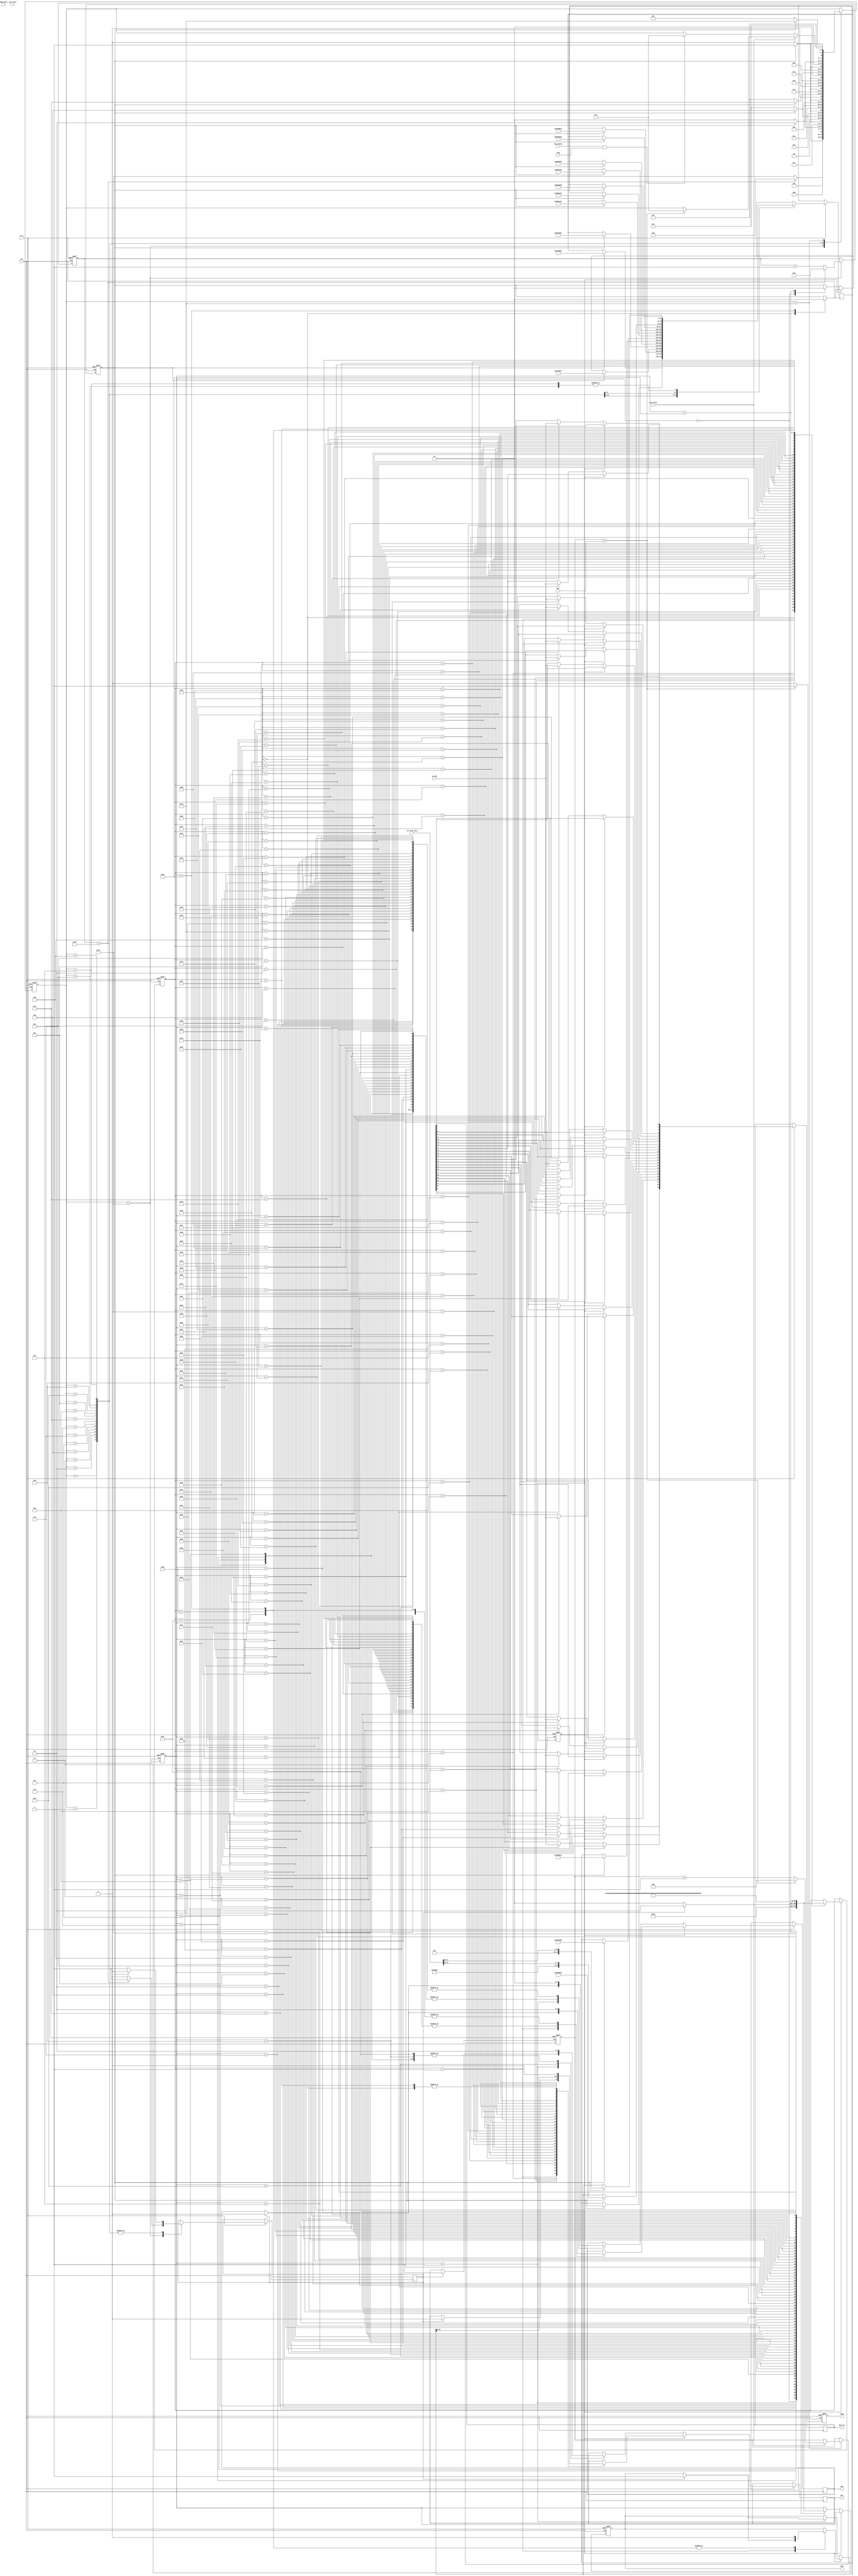
module HMC830(clk,rst_n,LD_SDO,
SDI,SCK,SEN,data_in,hang_pose,
key_value,key_pluse,key_pluse1,
CNT,flag,flag1,int_frac_data
);
input clk ,rst_n;
input LD_SDO;

input[3:0] key_value;
input [3:0] hang_pose;
input [20:0] CNT;
input key_pluse;
input key_pluse1;
input [31:0] int_frac_data;
input flag;
output flag1;
//input [6:0] addr;
output [23:0] data_in;
output SDI,SCK,SEN;
reg SDI,SEN;

reg flag1;
always@(posedge clk or negedge rst_n)
begin 
	if(!rst_n)
		flag1 <= 1'b0;
	else if(cnt==CNT)
		flag1 <= 1'b1;
	else 
		flag1 <= 1'b0;
end 

	


// ***************状态机写寄存器********************		 
parameter a0=0,a1=1,a2=2,a3=3,a4=4,a5=5,a6=6,a7=7,a8=8,a9=9,	
			  a10=10,a11=11,a12=12,a13=13,a14=14,a15=15,a16=16,
			  a17=17,a18=18,a19=19,a20=20,a21=21,a22=22,a23=23;
reg [4:0] nstate/*synthesis noprune*/;

reg wr;//读写是能
reg write_ok;
reg [7:0] cnt_r;

reg [20:0] cnt;
reg [31:0] reg_data;
reg SEN_R;
always@(posedge clk or negedge rst_n)
if(!rst_n)
	begin 
		wr <= 1'b1; 
		nstate <= a21;
		cnt_r <= 1'b0;
		cnt <= 21'd0;
		//SEN_R <= 1'b1;
	end 
else 
	begin 	
			case(nstate)	
				a21:
					if(cnt_r==8'hFF)
						begin 
							cnt_r <= 1'b0;
							nstate <= a0;
							SEN_R <= 1'b1;
						end 	
					else 
						begin 
							cnt_r <= cnt_r + 1'b1;
							SEN_R <= 1'b0;
							nstate <= a21;
						end 

				a0:
					begin 
						if(write_ok)
							begin 
							SEN_R <= 1'b0;
							reg_data <= 32'h02000001;//Reg 02h R=1;
							nstate <= a1;
							end 
						else 
							begin 
								SEN_R <= 1'b1;
								nstate <= a0;
							end 
					end 
				a1:
					begin 
						if(write_ok)
							begin 
								SEN_R <= 1'b0;
								reg_data <= 32'h06200B4A;//默认值初始化数值
								nstate <= a2;
							end 
						else
							begin
								SEN_R <= 1'b1;
								nstate <= a1;
							end 
					end 
				a2:
					begin 
						if(write_ok)
							begin 
								SEN_R <= 1'b0;
								reg_data <= 32'h070008CD;
								nstate <= a3;
							end 
						else
							begin
								SEN_R <= 1'b1;
								nstate <= a2;
							end 
					end 
				a3:
					begin 
						if(write_ok)
							begin 
								SEN_R <= 1'b0;
								reg_data <= 32'h08C1BEFF;// 写入初始化数值
								nstate <= a4;
							end 
						else
							begin
								SEN_R	<= 1'b1;
								nstate <= a3;
							end 
					end 
				a4:
					begin 
						if(write_ok)
							begin 
								SEN_R <= 1'b0;
								reg_data <= 32'h09403264;//初始化数值
								nstate <= a5;
							end 
						else
							begin
								SEN_R <= 1'b1;
								nstate <= a4;
							end 
					end 
				a5:
					begin 
						if(write_ok)
							begin 
								SEN_R <= 1'b0;
								reg_data <= 32'h0A002046;
								nstate <= a6;
							end 
						else
							begin
								SEN_R <= 1'b1;
								nstate <= a5;
							end 
					end 

				a6:
					begin 
						if(write_ok)
							begin 
								SEN_R <= 1'b0;
								reg_data <= 32'h0F0000C1;//reg_data <= 32'h0F0000A1;
								nstate <= a7;
							end 
						else
							begin
								SEN_R <= 1'b1;
								nstate <= a6;
							end 
					end 
				a7:
					begin 
						if(write_ok)
							begin 
								SEN_R <= 1'b0;
								reg_data <= 32'h05000F88;//vco_reg01
								nstate <= a8;
							end 
						else
							begin
								SEN_R <= 1'b1;
								nstate <= a7;
							end 
					end 
				a8:
					begin 
						if(write_ok)
							begin 
								SEN_R <= 1'b0;
								reg_data <= {8'h05,9'h0,2'h3,6'h1C/*K=40*/,7'h10}; //vco_reg02  reg_data <= {8'h5,11'h3,6'h1/*K*/,7'h10};
								nstate <= a9;
							end 
						else
							begin
								SEN_R <= 1'b1;
								nstate <= a8;
							end 
					end 
				a9:
					begin 
						if(write_ok)
							begin 
								SEN_R <= 1'b0;
								reg_data <= 32'h05002A18;//vco_reg03 reg_data <= 32'h05002A98;
								nstate <= a10;
							end 
						else
							begin
								SEN_R <= 1'b1;
								nstate <= a9;
							end 
					end 
				a10:
					begin 
						if(write_ok)
							begin 
								SEN_R <= 1'b0;
								reg_data <= 32'h05001628;//vco_reg05
								nstate <= a11;
							end 
						else
							begin
								SEN_R <= 1'b1;
								nstate <= a10;
							end 
					end 
				a11:
					begin 
						if(write_ok)
							begin 
								SEN_R <= 1'b0;
								reg_data <= 32'h050060A0;//vco_reg04
								nstate <= a12;
							end 
						else
							begin
								SEN_R <= 1'b1;
								nstate <= a11;
							end 
					end 
				a12:
					begin 
						if(write_ok)
							begin 
								SEN_R <= 1'b0;
								reg_data <= 32'h05000000;//开启自动校正功能，更改频率只需改变reg03 ，REG04；
								nstate <= a13;
							end 
						else
							begin
								SEN_R <= 1'b1;
								nstate <= a12;
							end 
					end 
				a13:
					begin 
						if(write_ok)
							begin 
								SEN_R <= 1'b0;
								reg_data <= {8'h03,16'h0,int_frac_data[31:24]};//int 整数部分int=25
								nstate <= a14;
							end 
								else
									begin
										SEN_R <= 1'b1; 
										nstate <= a13;
									end 
					end 
				a14:
					begin 
						if(write_ok)
							begin 
								SEN_R <= 1'b0;
								reg_data <= {8'h04,int_frac_data[23:0]};//小数部分
								nstate <= a15;
							end 
						else
							begin
								SEN_R <= 1'b1;
								nstate <= a14;
							end 
					end 
				a15:
					begin 
						if(write_ok)
							begin 
								SEN_R <= 1'b0;
								reg_data <= 32'h05000000;
								//wr <= 1'b0;//读使能
								nstate <= a16;
							end 
						else
							begin
								SEN_R <= 1'b1;
								nstate <= a15;
							end 
					end 
				a16:
					begin 
						if(key_pluse)
							begin 
								if(cnt==CNT)
									begin 
										cnt <= 1'b0;
										nstate <= a13;
									end 
								else 
									cnt <= cnt + 1'b1;
							end 
						else if(key_pluse1 && flag)
							nstate <= a13;
							
					end 
					
			
//				a17:
//					begin 
//						if(write_ok)
//							begin 
//								SEN_R <= 1'b0;
//								reg_data <= {8'h03,18'h0,int_frac_data[29:24]};//int 整数部分int=25
//								nstate <= a18;
//							end 
//						else
//							begin
//								SEN_R <= 1'b1; 
//								nstate <= a17;
//							end 
//					end 
//				a18:
//					begin 
//						if(write_ok)
//							begin 
//								SEN_R <= 1'b0;
//								reg_data <= {8'h04,int_frac_data[23:0]};//小数部分
//								nstate <= a19;
//							end 
//						else
//							begin
//								SEN_R <= 1'b1;
//								nstate <= a18;
//							end 
//					end 
//				a19:
//					begin 
//						if(write_ok)
//							begin 
//								SEN_R <= 1'b0;
//								reg_data <= 32'h05000000;
//								//wr <= 1'b0;//读使能
//								nstate <= a16;
//							end 
//						else
//							begin
//								SEN_R <= 1'b1;
//								nstate <= a19;
//							end 
//					
//					end 
				default:;
			endcase
	end 
//******************结束******************	


// *********写数据的状态机**************
reg [6:0] next_state;
parameter s0=0,s1=1,s2=2,s3=3,s4=4,s5=5,s6=6,
			 s7=7,s8=8,s9=9,s10=10,s11=11,s12=12,s13=13,
			 s14=14,s15=15,s16=16,s17=17,s18=18,s19=19,s20=20,
			 s21=21,s22=22,s23=23,s24=24,s25=25,s26=26,
			 s27=27,s28=28,s29=29,s30=30,s31=31,s32=32,s33=33,
			 s34=34,s35=35,s36=36,s37=37,s38=38,s39=39,s40=40,
			 s41=41,s42=42,s43=43,s44=44,s45=45,s46=46,s47=47,s48=48,s49=49,s50=50,
			 s51=51,s52=52,s53=53,s54=54,s55=55,s56=56,s57=57,s58=58,s59=59,s60=60,
			 s61=61,s62=62,s63=63,s64=64,s65=65,s66=66,s67=67,s68=68,s69=69,s70=70;

			 
//***********读数据状态机***********
reg [6:0] next_st;
parameter r0=0,r1=1,r2=2,r3=3,r4=4,r5=5,r6=6,r7=7,r8=8,r9=9,
			 r10=10,r11=11,r12=12,r13=13,r14=14,r15=15,
			 r16=16,r17=17,r18=18,r19=19,r20=20,r21=21,r22=22,
			 r23=23,r24=24,r25=25,r26=26,r27=27,r28=28,r29=29,
			 r30=30,r31=31,r32=32,r33=33,r34=34,r35=35,r36=36,r37=37,r38=38,r39=39,
			 r40=40,r41=41,r42=42,r43=43,r44=44,r45=45,r46=46,r47=47,r48=48,r49=49,
			 r50=50,r51=51,r52=52,r53=53,r54=54,r55=55,r56=56,r57=57,r58=58,r59=59,
			 r60=60,r61=61,r62=62,r63=63,r64=64,r65=65,r66=66,r67=67,r68=68,r69=69;
//*******************************************

reg [23:0] data_in_r; 
reg SCK;
always@(posedge clk or negedge rst_n)
if(!rst_n)
	begin 
		next_state <= s0;
		next_st <= r0;
		write_ok <= 1'b0;
		SEN <= 1'b0;
	end 
			
else if(wr==1'b1)//写寄存器
	begin 
		 case(next_state)
				s0:  
						begin
							//SCK <= 1'b0;
							write_ok <= 1'b0;
							next_state <= s1;
							SDI <= 1'b0;
						end
				s1: 
					if(SEN_R)
						begin
						 SCK <= 1'b0;
						 next_state <= s2;
						 SDI <= 1'b0;
						 SEN <= 1'b1;
						end
					else 
						next_state <= s1;
				
				s2:
					begin 
						SCK <= 1'b1;
						next_state <= s3;
					end 
				s3: 
					
						begin
						 SCK <= 1'b0;
						 next_state <= s4;
						 SDI <= reg_data[29];
						end
				s4:
					begin 
						SCK <= 1'b1;
						next_state <= s5;
					end
				s5: 
						begin
						 SCK <= 1'b0;
						 next_state <= s6;
						 SDI <= reg_data[28];
						end
				
				s6:
					begin 
						SCK <= 1'b1;
						next_state <= s7;
					end 
				s7: 
						begin
						 SCK <= 1'b0;
						 next_state <= s8;
						 SDI <= reg_data[27];
						end
				s8:
					begin 
						SCK <= 1'b1;
						next_state <= s9;
					end 
				s9: 
					
						begin
						 SCK <= 1'b0;
						 next_state <= s10;
						 SDI <= reg_data[26];
						end
					
				s10:
					begin 
						SCK <= 1'b1;
						next_state <= s11;
					end
				s11: 
					
						begin
						 SCK <= 1'b0;
						 next_state <= s12;
						 SDI <= reg_data[25];
						end
					
				
				s12:
					begin 
						SCK <= 1'b1;
						next_state <= s13;
					end 
				s13: 
					
						begin
						 SCK <= 1'b0;
						 next_state <= s14;
						 SDI <= reg_data[24];
						end
					
				s14:
					begin 
						SCK <= 1'b1;
						next_state <= s15;
					end 
				
				s15: 
					
						begin
						 SCK <= 1'b0;
						 next_state <= s16;
						 SDI <= reg_data[23];
						end
					
				
				s16:
					begin 
						SCK <= 1'b1;
						next_state <= s17;
					end 
				s17: 
					
						begin
						 SCK <= 1'b0;
						 next_state <= s18;
						 SDI <= reg_data[22];
						end
				
				s18:
					begin 
						SCK <= 1'b1;
						next_state <= s19;
					end 
				s19: 
					
						begin
						 SCK <= 1'b0;
						 next_state <= s20;
						 SDI <= reg_data[21];
						end
					
				s20:
					begin 
						SCK <= 1'b1;
						next_state <= s21;
					end	
				s21: 
					
						begin
						 SCK <= 1'b0;
						 next_state <=s22;
						 SDI <= reg_data[20];
						end
					
				
				s22:
					begin 
						SCK <= 1'b1;
						next_state <= s23;
					end 
				s23: 
					
						begin
						 SCK <= 1'b0;
						 next_state <= s24;
						 SDI <= reg_data[19];
						end
					
				s24:
					begin 
						SCK <= 1'b1;
						next_state <= s25;
					end
				s25: 
					
						begin
						 SCK <= 1'b0;
						 next_state <= s26;
						 SDI <= reg_data[18];
						end
					
				
				s26:
					begin 
						SCK <= 1'b1;
						next_state <= s27;
					end 
				s27: 
					
						begin
						 SCK <= 1'b0;
						 next_state <= s28;
						 SDI <= reg_data[17];
						end
					
				s28:
					begin 
						SCK <= 1'b1;
						next_state <= s29;
					end 
				s29: 
					
						begin
						 SCK <= 1'b0;
						 next_state <= s30;
						 SDI <= reg_data[16];
						end
					
				s30:
					begin 
						SCK <= 1'b1;
						next_state <= s31;
					end
				s31: 
					
						begin
						 SCK <= 1'b0;
						 next_state <= s32;
						 SDI <= reg_data[15];
						end
					
				
				s32:
					begin 
						SCK <= 1'b1;
						next_state <= s33;
					end 
				s33: 
					
						begin
						 SCK <= 1'b0;
						 next_state <= s34;
						 SDI <= reg_data[14];
						end
					
				s34:
					begin 
						SCK <= 1'b1;
						next_state <= s35;
					end 
				
				s35: 
				
						begin
						 SCK <= 1'b0;
						 next_state <= s36;
						 SDI <= reg_data[13];
						end
					
				
				s36:
					begin 
						SCK <= 1'b1;
						next_state <= s37;
					end 
				s37: 
					
						begin
						 SCK <= 1'b0;
						 next_state <= s38;
						 SDI <= reg_data[12];
						end
					
				s38:
					begin 
						SCK <= 1'b1;
						next_state <= s39;
					end 
				s39: 
					
						begin
						 SCK <= 1'b0;
						 next_state <= s40;
						 SDI <= reg_data[11];
						end
				s40:
					begin 
						SCK <= 1'b1;
						next_state <= s41;
					end	
				s41: 
					
						begin
						 SCK <= 1'b0;
						 next_state <=s42;
						 SDI <= reg_data[10];
						end
					
				s42:
					begin 
						SCK <= 1'b1;
						next_state <= s43;
					end 
				s43: 
					
						begin
						 SCK <= 1'b0;
						 next_state <= s44;
						 SDI <= reg_data[9];
						end
				
				s44:
					begin 
						SCK <= 1'b1;
						next_state <= s45;
					end
				s45: 
					
						begin
						 SCK <= 1'b0;
						 next_state <= s46;
						 SDI <= reg_data[8];
						end
			
				
				s46:
					begin 
						SCK <= 1'b1;
						next_state <= s47;
					end 
				s47: 
					
						begin
						 SCK <= 1'b0;
						 next_state <= s48;
						 SDI <= reg_data[7];
						end
		
				s48:
					begin 
						SCK <= 1'b1;
						next_state <= s49;
					end 
				s49: 
					
						begin
						 SCK <= 1'b0;
						 next_state <= s50;
						 SDI <= reg_data[6];
						end
				
				s50:
					begin 
						SCK <= 1'b1;
						next_state <= s51;
					end
				s51: 
				
						begin
						 SCK <= 1'b0;
						 next_state <= s52;
						 SDI <= reg_data[5];
						end
				
				s52:
					begin 
						SCK <= 1'b1;
						next_state <= s53;
					end 
				s53: 
						begin
						 SCK <= 1'b0;
						 next_state <= s54;
						 SDI <= reg_data[4];
						end
				s54:
					begin 
						SCK <= 1'b1;
						next_state <= s55;
					end 
				
				s55: 
						begin
						 SCK <= 1'b0;
						 next_state <= s56;
						 SDI <= reg_data[3];
						end
				
				s56:
					begin 
						SCK <= 1'b1;
						next_state <= s57;
					end 
				s57: 
						begin
						 SCK <= 1'b0;
						 next_state <= s58;
						 SDI <= reg_data[2];
						end
				s58:
					begin 
						SCK <= 1'b1;
						next_state <= s59;
					end 
				s59: 
				
						begin
						 SCK <= 1'b0;
						 next_state <= s60;
						 SDI <= reg_data[1];
						end
					
				s60:
					begin 
						SCK <= 1'b1;
						next_state <= s61;
					end
				s61: 
					
						begin
						 SCK <= 1'b0;
						 next_state <= s62;
						 SDI <= reg_data[0];
						end
					
				s62:
					begin 
						SCK <= 1'b1;
						next_state <= s63;
					end 
				s63:
					begin 
						SCK <= 1'b0;
						next_state <= s64;
						SDI <= 1'b0;
						//SEN <= 1'b0;
					end 
				s64:
					begin
						SCK <= 1'b1;
						next_state <= s65;
						
						//SEN <= 1'b0;
					end 
				s65:
					begin 
						SCK <= 1'b0;
						next_state <= s66;
						SEN <= 1'b0;
					end 
				s66:
					begin 
						SCK <= 1'b0;
						next_state <= s67;
						SEN <= 1'b0;
					end 
				s67:
					begin 
						SCK <= 1'b0;
						next_state <= s0;
						write_ok <= 1'b1;
						SEN <= 1'b0;
					end 
					
				
						
				
				default:;
			endcase
	end 
else //读出寄存器
	begin
		case(next_st)
			r0:
				begin 
					write_ok <= 1'b0;
					next_st <= r1;
				end 
			r1:
				if(SEN_R)
					begin 
						SCK <= 1'b0;
						SEN <= 1'b1;
						SDI <= 1'b1;
						next_st <= r2;
					end 
				else 
					next_st <= r1;
			r2:
				begin 
					SCK <= 1'b1;
					next_st <= r3;
				end 
			r3:
				begin 
					SCK <= 1'b0;
					SDI <= 1'b0;
					next_st <= r4;
				end 
			r4:
				begin 
					SCK <= 1'b1;
					next_st <= r5;
				end 
			r5:
				begin 
					SCK <= 1'b0;
					SDI <= 1'b0;
					next_st <= r6;
				end 
			r6:
				begin 
					SCK <= 1'b1;
					next_st <= r7;
				end 
			r7:
				begin 
					SCK <= 1'b0;
					SDI <= 1'b0;
					next_st <= r8;
				end 
			r8:
				begin 
					SCK <= 1'b1;
					next_st <= r9;
				end 
			r9:
				begin 
					SCK <= 1'b0;
					SDI <= 1'b0;
					next_st <= r10;
				end 
			r10:
				begin 
					SCK <= 1'b1;
					next_st <= r11;
				end 
			r11:
				begin 
					SCK <= 1'b0;
					SDI <= 1'b1;
					next_st <= r12;
				end 
			r12:
				begin 
					SCK <= 1'b1;
					next_st <= r13;
				end 
			r13:
				begin 
					SCK <= 1'b0;
					SDI <= 1'b0;
					next_st <= r14;
				end 
			r14:
				begin 
					SCK <= 1'b1;
					next_st <= r15;
				end 
			r15:
				begin 
					SCK <= 1'b0;
					next_st <= r16;
				end 
			r16:
				begin 
					SCK <= 1'b1;
					next_st <= r17;
				end 
			r17:
				begin 
					SCK <= 1'b0;
					data_in_r[23] <= LD_SDO;
					next_st <= r18;
				end 
			r18:
				begin
					SCK <= 1'b1;
					next_st <= r19;
				end 
			r19:
				begin 
					SCK <= 1'b0;
					data_in_r[22] <= LD_SDO;
					next_st <= r20;
				end 
			r20:
				begin
					SCK <= 1'b1;
					next_st <= r21;
				end 
			r21:
				begin 
					SCK <= 1'b0;
					data_in_r[21] <= LD_SDO;
					next_st <= r22;
				end 
			r22:
				begin
					SCK <= 1'b1;
					next_st <= r23;
				end 
			r23:
				begin 
					SCK <= 1'b0;
					data_in_r[20] <= LD_SDO;
					next_st <= r24;
				end 
			r24:
				begin
					SCK <= 1'b1;
					next_st <= r25;
				end 
			r25:
				begin 
					SCK <= 1'b0;
					data_in_r[19] <= LD_SDO;
					next_st <= r26;
				end 
			r26:
				begin
					SCK <= 1'b1;
					next_st <= r27;
				end 
			r27:
				begin 
					SCK <= 1'b0;
					data_in_r[18] <= LD_SDO;
					next_st <= r28;
				end 
			r28:
				begin
					SCK <= 1'b1;
					next_st <= r29;
				end 
			r29:
				begin 
					SCK <= 1'b0;
					data_in_r[17] <= LD_SDO;
					next_st <= r30;
				end 
			r30:
				begin
					SCK <= 1'b1;
					next_st <= r31;
				end 
			r31:
				begin 
					SCK <= 1'b0;
					data_in_r[16] <= LD_SDO;
					next_st <= r32;
				end 
			r32:
				begin
					SCK <= 1'b1;
					next_st <= r33;
				end 
			r33:
				begin 
					SCK <= 1'b0;
					data_in_r[15] <= LD_SDO;
					next_st <= r34;
				end 
			r34:
				begin
					SCK <= 1'b1;
					next_st <= r35;
				end 
			r35:
				begin 
					SCK <= 1'b0;
					data_in_r[14] <= LD_SDO;
					next_st <= r36;
				end 
			r36:
				begin
					SCK <= 1'b1;
					next_st <= r37;
				end 
			r37:
				begin 
					SCK <= 1'b0;
					data_in_r[13] <= LD_SDO;
					next_st <= r38;
				end 
			r38:
				begin
					SCK <= 1'b1;
					next_st <= r39;
				end 
			r39:
				begin 
					SCK <= 1'b0;
					data_in_r[12] <= LD_SDO;
					next_st <= r40;
				end 
			r40:
				begin
					SCK <= 1'b1;
					next_st <= r41;
				end 
			r41:
				begin 
					SCK <= 1'b0;
					data_in_r[11] <= LD_SDO;
					next_st <= r42;
				end 
			r42:
				begin
					SCK <= 1'b1;
					next_st <= r43;
				end 
			r43:
				begin 
					SCK <= 1'b0;
					data_in_r[10] <= LD_SDO;
					next_st <= r44;
				end 
			r44:
				begin
					SCK <= 1'b1;
					next_st <= r45;
				end 
			r45:
				begin 
					SCK <= 1'b0;
					data_in_r[9] <= LD_SDO;
					next_st <= r46;
				end 
			r46:
				begin
					SCK <= 1'b1;
					next_st <= r47;
				end 
			r47:
				begin 
					SCK <= 1'b0;
					data_in_r[8] <= LD_SDO;
					next_st <= r48;
				end 
			r48:
				begin
					SCK <= 1'b1;
					next_st <= r49;
				end 
			r49:
				begin 
					SCK <= 1'b0;
					data_in_r[7] <= LD_SDO;
					next_st <= r50;
				end 
			r50:
				begin
					SCK <= 1'b1;
					next_st <= r51;
				end 
			r51:
				begin 
					SCK <= 1'b0;
					data_in_r[6] <= LD_SDO;
					next_st <= r52;
				end 
			r52:
				begin
					SCK <= 1'b1;
					next_st <= r53;
				end 
			r53:
				begin 
					SCK <= 1'b0;
					data_in_r[5] <= LD_SDO;
					next_st <= r54;
				end 
			r54:
				begin
					SCK <= 1'b1;
					next_st <= r55;
				end 
			r55:
				begin 
					SCK <= 1'b0;
					data_in_r[4] <= LD_SDO;
					next_st <= r56;
				end 
			r56:
				begin
					SCK <= 1'b1;
					next_st <= r57;
				end 
			r57:
				begin 
					SCK <= 1'b0;
					data_in_r[3] <= LD_SDO;
					next_st <= r58;
				end 
			r58:
				begin
					SCK <= 1'b1;
					next_st <= r59;
				end 
			r59:
				begin 
					SCK <= 1'b0;
					data_in_r[2] <= LD_SDO;
					next_st <= r60;
				end 
			r60:
				begin
					SCK <= 1'b1;
					next_st <= r61;
				end 
			r61:
				begin 
					SCK <= 1'b0;
					data_in_r[1] <= LD_SDO;
					next_st <= r62;
				end 
			r62:
				begin
					SCK <= 1'b1;
					next_st <= r63;
				end 
			r63:
				begin 
					SCK <= 1'b0;
					data_in_r[0] <= LD_SDO;
					next_st <= r64;
				end 
			r64:
				begin
					SCK <= 1'b1;
					next_st <= r65;
				end
			r65:
				begin 
					SCK <= 1'b0;
					SDI <= 1'b0;
					next_st <= r66;
				end 
			r66:
				begin 
					next_st <= 67;
					SCK <= 1'b1;
				end 
			r67:
				begin
					next_st <= r0;
					write_ok <= 1'b1;
				end 
			default:;
		   endcase 
   	end 
		
assign data_in=data_in_r;	
//*****************************************										
endmodule